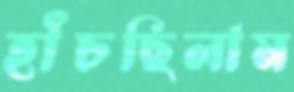
হাঁচছিলাম